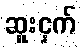
ဆူးငှက်